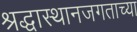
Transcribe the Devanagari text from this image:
श्रद्धास्थानजगताच्या